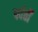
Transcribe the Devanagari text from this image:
पर्वर्तों